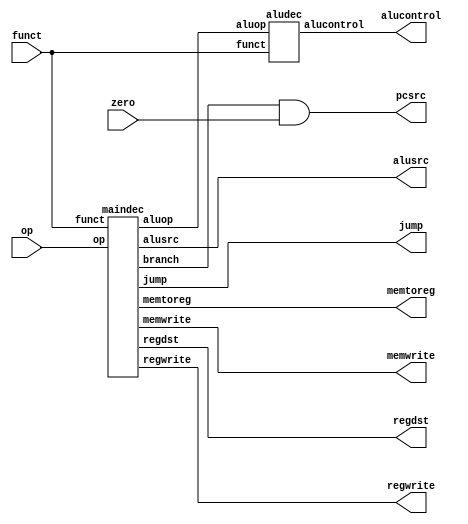
//
//  from mips.v
//  by David_Harris and Sarah_Harris 23 October 2005
//
/////////////////////////////////////////////////////////


module controller (input [5:0] op, funct,
                  input        zero,
                  output [1:0] memtoreg, //*2bits
						output memwrite, pcsrc, 
						output [1:0] alusrc, regdst, //*2bits
						output regwrite,
                  output [1:0] jump, //*2bits
                  output [2:0] alucontrol);

  wire [1:0] aluop;
  wire       branch;

  maindec md (op, funct, regwrite, regdst, alusrc, //*funct
             branch, memwrite, memtoreg, 
             aluop, jump);
  aludec  ad (funct, aluop, alucontrol);

  assign pcsrc = branch & zero;
endmodule

module maindec (input [5:0] op, funct, //*funct
               output       regwrite,
               output [1:0] regdst, alusrc, //*2bits
					output branch, 
               output       memwrite, 
					output [1:0] memtoreg, //*2bits
               output [1:0] aluop, 
               output [1:0] /*2bits*/ jump);

  reg [12:0] controls; //*13bits

  assign {regwrite, regdst, alusrc,
          branch, memwrite,
          memtoreg, aluop, jump} = controls;

  always @ (*)
    case(op)
      6'b000000: controls <= ( funct == 6'b001001 )? 13'b1100000100010 : 13'b101000000xx00; //Rtype, *if(funct)
      6'b100011: controls <= 13'b1000100010000; //LW
      6'b101011: controls <= 13'b0000101000000; //SW
      6'b000100: controls <= 13'b0000010000100; //BEQ
      6'b001000: controls <= 13'b1000100000000; //ADDI
      6'b000010: controls <= 13'b0000000000001; //J
		6'b001100: controls <= 13'b1001000001000; //*ANDI
		6'b111110: controls <= 13'b0000000000000; //*NOP
		6'b111101: controls <= 13'b0000010001100; //**BGT
		6'b111100: controls <= 13'b1111101000000; //**PUSH
      default:   controls <= 13'bxxxxxxxxxxxxx; //???
    endcase
endmodule

module aludec (input      [5:0] funct,
               input      [1:0] aluop,
               output reg [2:0] alucontrol);

  always @ (*)
    case(aluop)
      2'b00: alucontrol <= 3'b010;  // add //push
      2'b01: alucontrol <= 3'b110;  // sub
		2'b10: alucontrol <= 3'b000;  // *andi
		2'b11: alucontrol <= 3'b111;  // **bgt
      default: case(funct)          // RTYPE
          6'b100000: alucontrol <= 3'b010; // ADD
          6'b100010: alucontrol <= 3'b110; // SUB
          6'b100100: alucontrol <= 3'b000; // AND
          6'b100101: alucontrol <= 3'b001; // OR
          6'b101010: alucontrol <= 3'b111; // SLT
			 6'b010010: alucontrol <= 3'b011; // **MFLO 3
			 6'b010011: alucontrol <= 3'b100; // **MTLO 4
			 6'b101011: alucontrol <= 3'b101; // **SLTE 5
          default:   alucontrol <= 3'bxxx; // ???
        endcase
    endcase
endmodule